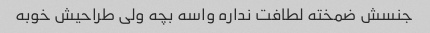
جنسش ضمخته لطافت نداره واسه بچه ولی طراحیش خوبه